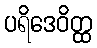
ပရိဒေဝိတ္ထ